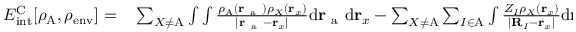
\begin{array} { r l } { E _ { \mathrm { i n t } } ^ { \mathrm { C } } [ \rho _ { \mathrm { A } } , \rho _ { \mathrm { e n v } } ] = } & { { } \sum _ { X \neq \mathrm { A } } \int \int \frac { \rho _ { \mathrm { A } } ( \mathbf { r } _ { \mathrm { ~ a ~ } } ) \rho _ { X } ( \mathbf { r } _ { x } ) } { | \mathbf { r } _ { \mathrm { ~ a ~ } } - \mathbf { r } _ { x } | } { \mathrm { d } } \mathbf { r } _ { \mathrm { ~ a ~ } } { \mathrm { d } } \mathbf { r } _ { x } - \sum _ { X \neq \mathrm { A } } \sum _ { I \in \mathrm { A } } \int \frac { Z _ { I } \rho _ { X } ( \mathbf { r } _ { x } ) } { | \mathbf { R } _ { I } - \mathbf { r } _ { x } | } { \mathrm { d } } \mathbf { r } _ { x } } \end{array}